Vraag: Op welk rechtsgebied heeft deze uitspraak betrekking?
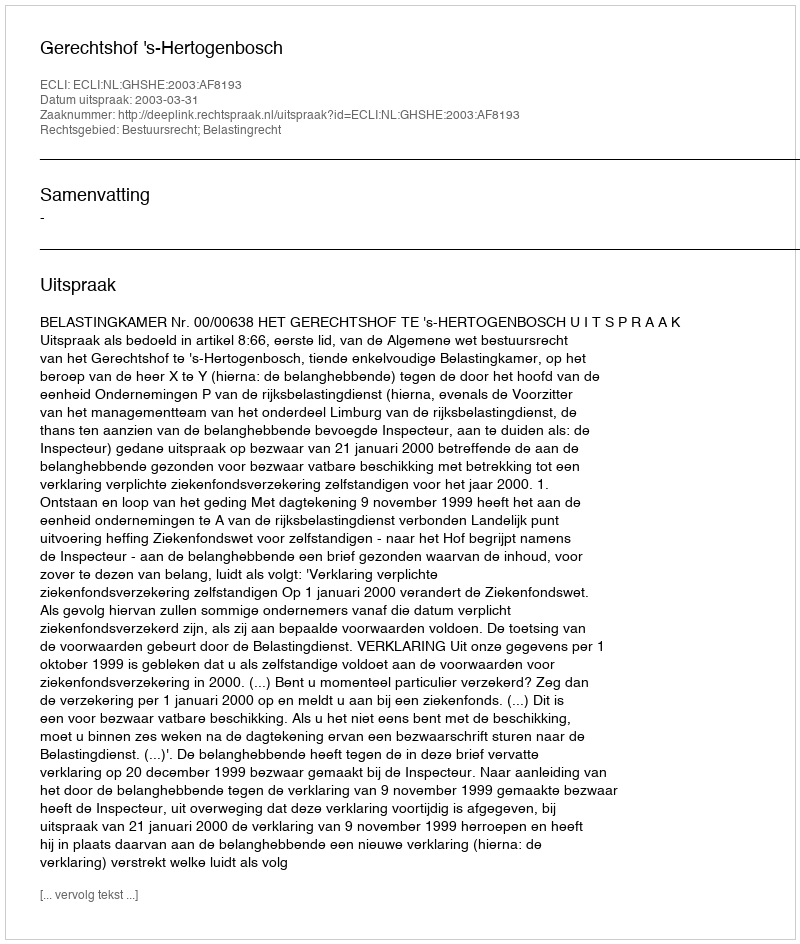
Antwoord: Bestuursrecht; Belastingrecht